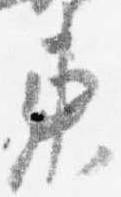
東